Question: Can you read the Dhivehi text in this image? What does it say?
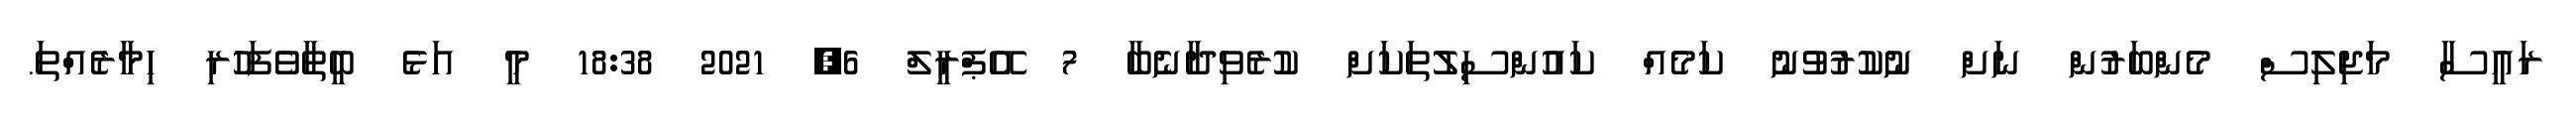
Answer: ރައީސާ މަޖިލިސް މެންބަރުން ނަށް ނުކުރުވުނު ކަމެއް ކައުންސިލުތަކަށް ކުރެވިދާނެބާ 7 އޭޕްރީލް 6, 2021 18:38 މީ އަޅެ ބީތާވެފަހުރި ހިމާރެއްތަ.